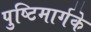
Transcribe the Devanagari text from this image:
पुष्टिमार्गके